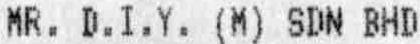
MR. D.I.Y. (M) SDN BHD